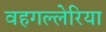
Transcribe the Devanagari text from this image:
वहगल्लेरिया